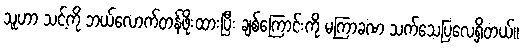
သူပာာ သင့်ကို ဘယ်လောက်တန်ဖိုးထားပြီး ချစ်ကြောင်းကို မကြာခဏ သက်သေပြလေ့ရှိတယ်။